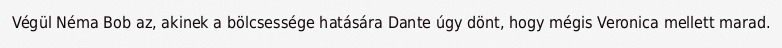
Végül Néma Bob az, akinek a bölcsessége hatására Dante úgy dönt, hogy mégis Veronica mellett marad.